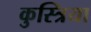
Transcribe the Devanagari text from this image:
कुस्त्रिया